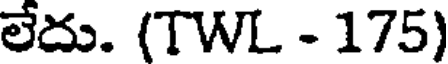
లేదు. (TWL - 175)